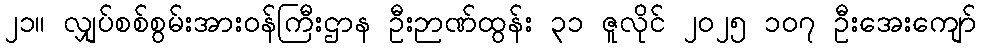
၂၁။ လျှပ်စစ်စွမ်းအားဝန်ကြီးဌာန ဦးဉာဏ်ထွန်း ၃၁ ဇူလိုင် ၂၀၂၅ ၁၀၇ ဦးအေးကျော်